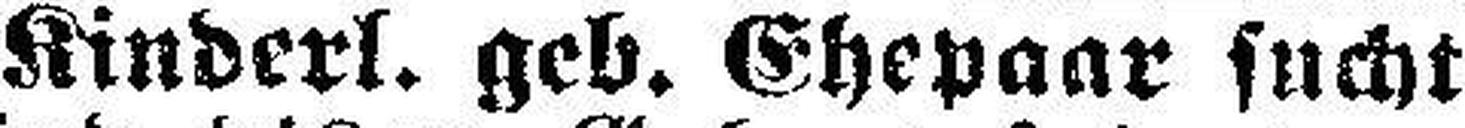
Kinderl. geb. Ehepaar sucht